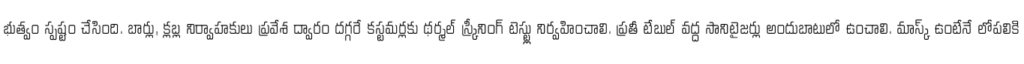
భుత్వం స్పష్టం చేసింది. బార్లు, క్లబ్ల నిర్వాహకులు ప్రవేశ ద్వారం దగ్గరే కస్టమర్లకు థర్మల్ స్ర్కీనింగ్ టెస్ట్లు నిర్వహించాలి. ప్రతీ టేబుల్ వద్ద సానిటైజర్లు అందుబాటులో ఉంచాలి. మాస్క్ ఉంటేనే లోపలికి